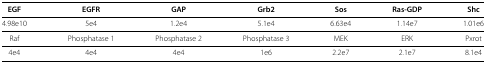
<table><thead><tr><td><b>EGF</b></td><td><b>EGFR</b></td><td><b>GAP</b></td><td><b>Grb2</b></td><td><b>Sos</b></td><td><b>Ras-GDP</b></td><td><b>Shc</b></td></tr></thead><tbody><tr><td>4.98e10</td><td>5e4</td><td>1.2e4</td><td>5.1e4</td><td>6.63e4</td><td>1.14e7</td><td>1.01e6</td></tr><tr><td>Raf</td><td>Phosphatase 1</td><td>Phosphatase 2</td><td>Phosphatase 3</td><td>MEK</td><td>ERK</td><td>Pxrot</td></tr><tr><td>4e4</td><td>4e4</td><td>4e4</td><td>1e6</td><td>2.2e7</td><td>2.1e7</td><td>8.1e4</td></tr></tbody></table>